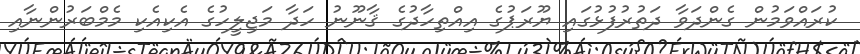
ކުރައްވަމުން ގެންދަވާ ދަތުރުފުޅުގައި ޔޫރަޕުގެ އިއްތިހާދުގެ ޤާނޫނު ހަދާ މަޖިލީހުގެ އެކިއެކި މެމްބަރުންނާއި